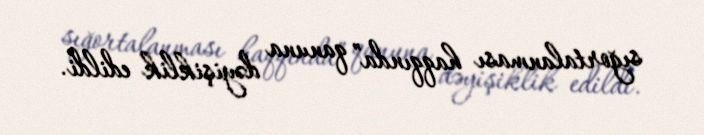
sığortalanması haqqında” qanuna dəyişiklik edildi.